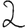
Digit: 2